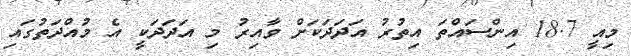
މިއީ 18.7 އިންސައްތަ އިތުރު އަދަދަކަށް ވާއިރު މި އަދަދަކީ އެ މުއްދަތުގައި